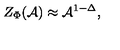
Z _ { \Phi } ( { \cal { A } } ) \approx { \cal { A } } ^ { 1 - \Delta } ,